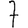
Digit: 7